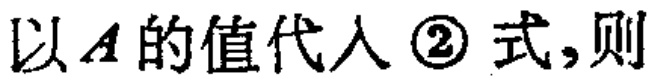
以\(A\)的值代入\textcircled{2}式,则